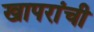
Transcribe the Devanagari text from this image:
खापरांची